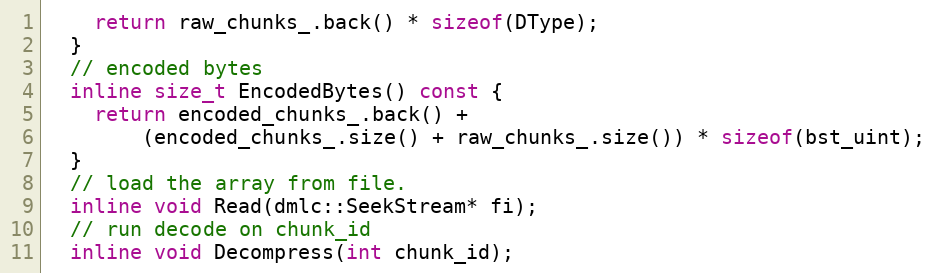
Language: C++
    return raw_chunks_.back() * sizeof(DType);
  }
  // encoded bytes
  inline size_t EncodedBytes() const {
    return encoded_chunks_.back() +
        (encoded_chunks_.size() + raw_chunks_.size()) * sizeof(bst_uint);
  }
  // load the array from file.
  inline void Read(dmlc::SeekStream* fi);
  // run decode on chunk_id
  inline void Decompress(int chunk_id);